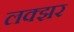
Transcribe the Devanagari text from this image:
लक्झर